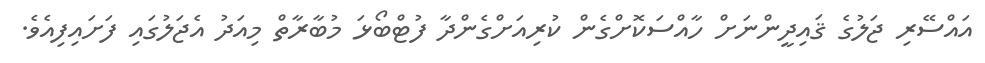
އައްސޭރި ޖަލުގެ ޤައިދީންނަށް ހާއްސަކޮށްގެން ކުރިއަށްގެންދާ ފުޓްބޯޅަ މުބާރާތް މިއަދު އެޖަލުގައި ފަށައިފިއެވެ.